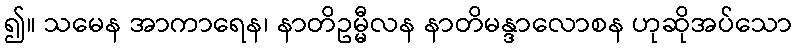
၍။ သမေန အာကာရေန၊ နာတိဥမ္မီလန နာတိမန္ဒာလောစန ဟုဆိုအပ်သော